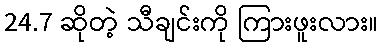
24.7 ဆိုတဲ့ သီချင်းကို ကြားဖူးလား။